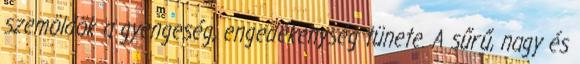
szemöldök a gyengeség, engedékenység tünete. A sűrű, nagy és